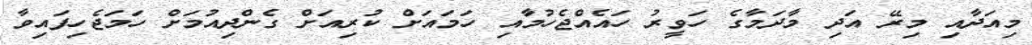
މިއަދާއި މިރޭ އަދި މާދަމާގެ ހަވީރު ހައެއްޖެހުމާއި ހަމައަށް ކުރިއަށް ގެންދިއުމަށް ހަމަޖެހިފައިވާ